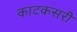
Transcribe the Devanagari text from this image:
काटकसरी